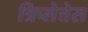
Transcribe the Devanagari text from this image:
त्रिप्लेत्तेस